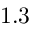
1 . 3